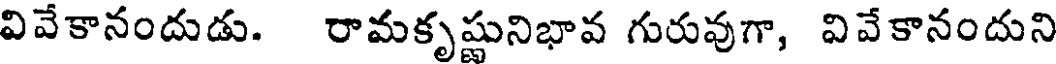
వివేకానందుడు. రామకృష్ణునిభావ గురువుగా, వివేకానందుని